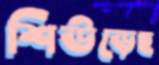
শিউড়েছ